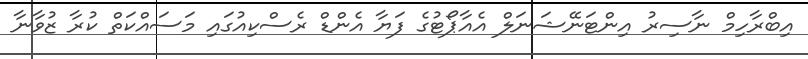
އިބްރާހިމް ނާސިރު އިންޓަނޭޝަނަލް އެއާޕޯޓުގެ ފަޔާ އެންޑް ރެސްކިއުގައި މަސައްކަތް ކުރާ ޒުވާނާ